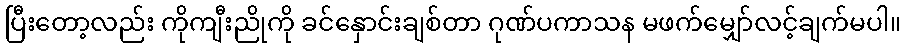
ပြီးတော့လည်း ကိုကျီးညိုကို ခင်နှောင်းချစ်တာ ဂုဏ်ပကာသန မဖက်မျှော်လင့်ချက်မပါ။